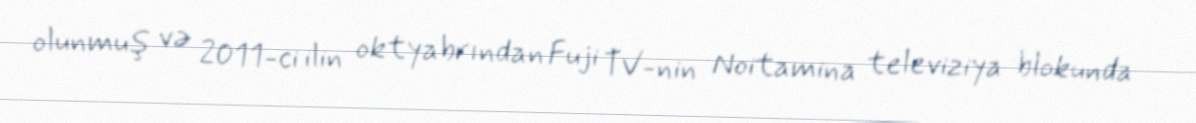
olunmuş və 2011-ci ilin oktyabrından Fuji TV-nin Noitamina televiziya blokunda